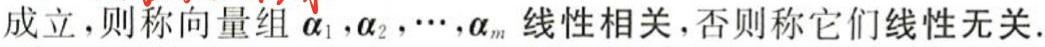
成立，则称向量组 $\alpha_1,\alpha_2,\cdots,\alpha_m$ 线性相关，否则称它们线性无关.